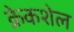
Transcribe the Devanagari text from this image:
क्रेकशेल